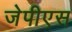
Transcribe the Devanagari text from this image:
जेपीएस